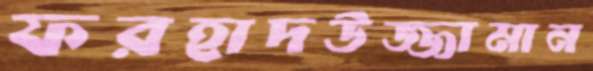
ফরহাদউজ্জামান